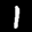
Label: 1